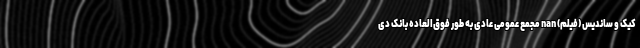
کيک و سانديس (فیلم) nan مجمع عمومی عادی به طور فوق‌العاده بانک دی